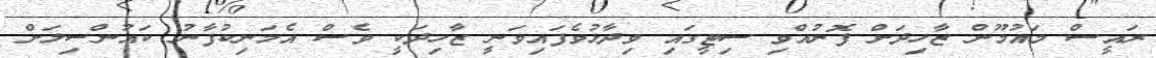
ރައީސް މައުމޫން ޒާހިދަށް ފޮނުއްވި ސިޓީގައި ވިދާޅުވެފައިވަނީ ޒާހިދަކީ ވެސް އެމަނިކުފާނު ކައުންސިލަށް